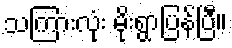
သကြားလုံး မိုးရွာပြန်ပြီ။